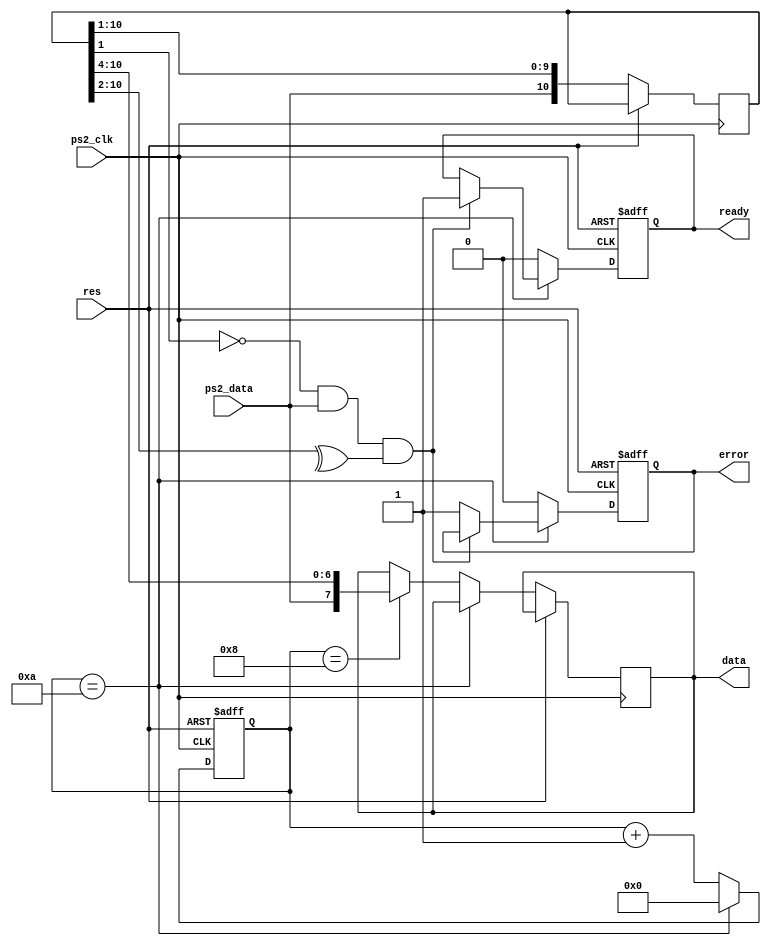
/* FPGA Util library
	Copyright (C) 2013  Carsten Elton Srensen

	This program is free software: you can redistribute it and/or modify
	it under the terms of the GNU General Public License as published by
	the Free Software Foundation, either version 3 of the License, or
	(at your option) any later version.

	This program is distributed in the hope that it will be useful,
	but WITHOUT ANY WARRANTY; without even the implied warranty of
	MERCHANTABILITY or FITNESS FOR A PARTICULAR PURPOSE.  See the
	GNU General Public License for more details.

	You should have received a copy of the GNU General Public License
	along with this program.  If not, see <http://www.gnu.org/licenses/>.
*/

// Simple PS/2 input decoder
module ps2in(
	// -- PS/2 input
	input					ps2_clk,
	input					ps2_data,
	
	// -- asynchronous reset
	input					res,

	// -- data is valid when ready goes high
	output reg			ready = 0,
	output reg			error = 0,
	output reg [7:0]	data
);

`define BIT_START		0
`define BIT_DATA_LSB	1
`define BIT_DATA_MSB	8
`define BIT_PARITY	9
`define BIT_STOP		10

reg [10:0]  buffer = 0;
wire [10:0] buffer_next = {ps2_data, buffer[10:1]};
reg [3:0]   state = 0;

always @ (negedge ps2_clk or posedge res)
	if(res) begin
		state <= 0;
		ready <= 0;
		error <= 0;
	end else begin
		if (state == 10) begin
			// We have everything include stop and parity. See if everything checks out
			if (!buffer_next[`BIT_START] && buffer_next[`BIT_STOP] && ^buffer_next[`BIT_PARITY:`BIT_DATA_LSB]) begin
				ready <= 1;
			end else begin
				error <= 1;
			end
			state <= 0;
		end else begin
			if (state == 8) begin
				// We have received all the data bits, assign them to the output register
				data <= buffer_next[10:3];
			end
			ready <= 0;
			error <= 0;
			state <= state + 1'd1;
		end
		buffer <= buffer_next;
	end

endmodule